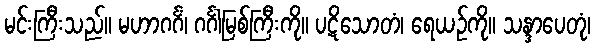
မင်းကြီးသည်။ မဟာဂင်္ဂံ၊ ဂင်္ဂါမြစ်ကြီးကို။ ပဋိသောတံ၊ ရေယဉ်ကို။ သန္ဒာပေတုံ၊